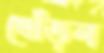
খোঁড়ল